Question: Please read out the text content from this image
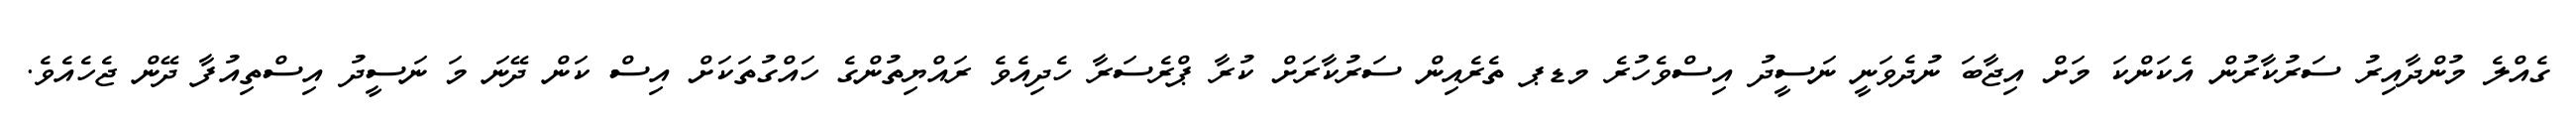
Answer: ގެއްލެ މުންދާއިރު ސަރުކާރުން އެކަންކަ މަށް އިޖާބަ ނުދެވަނީ ނަސީދު އިސްވެހުރެ މޑޕ ތެރެއިން ސަރުކާރަށް ކުރާ ޕްރެސަރާ ހެދިއެވެ ރައްޔިތުންގެ ހައްގުތަކަށް އިސް ކަން ދޭނަ މަ ނަސީދު އިސްތިއުފާ ދޭން ޖެހެއެވެ.